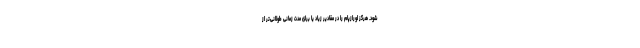
شود. هرگز لورازپام را در مقادیر زیاد یا برای مدت زمانی طولانی‌تر از